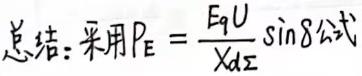
总结：采用$P_E = \frac{E_qU}{X_d\Sigma}\sin\delta$公式